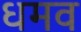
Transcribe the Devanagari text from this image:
धमव